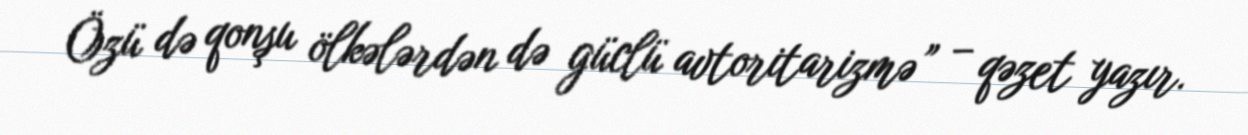
Özü də qonşu ölkələrdən də güclü avtoritarizmə” – qəzet yazır.